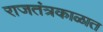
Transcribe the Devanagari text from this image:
राजतंत्रकाळात